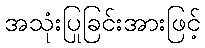
အသုံးပြုခြင်းအားဖြင့်